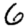
Digit: 6